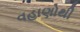
વહાણોથી